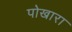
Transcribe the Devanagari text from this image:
पोखारा